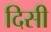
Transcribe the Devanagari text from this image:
दिसी